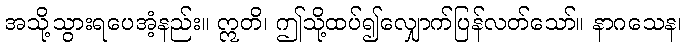
အသို့သွားရပေအံ့နည်း။ ဣတိ၊ ဤသို့ထပ်၍လျှောက်ပြန်လတ်သော်။ နာဂသေန၊